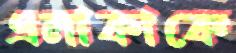
এলাকাকে